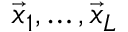
\vec { x } _ { 1 } , \dots , \vec { x } _ { L }